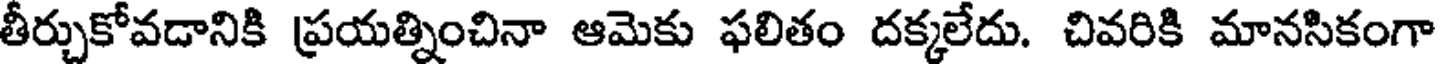
తీర్చుకోవడానికి ప్రయత్నించినా ఆమెకు ఫలితం దక్కలేదు. చివరికి మానసికంగా